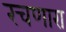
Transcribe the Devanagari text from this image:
रचणारा